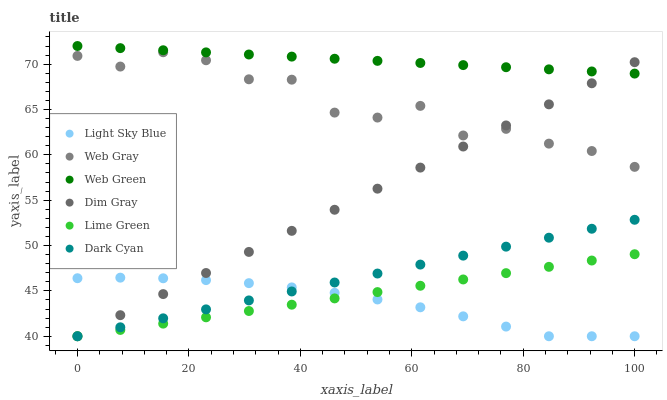
| xaxis_label | Light Sky Blue | Web Gray | Web Green | Dim Gray | Lime Green | Dark Cyan |
 | --- | --- | --- | --- | --- | --- | --- |
 | 0 | 46.4 | 70.9 | 72 | 40 | 40 | 40 |
 | 7.69 | 46.5 | 69.7 | 71.8 | 42.3 | 40.7 | 41 |
 | 15.4 | 46.4 | 71.3 | 71.5 | 44.6 | 41.4 | 42 |
 | 23.1 | 46.2 | 70.4 | 71.3 | 47 | 42.1 | 43 |
 | 30.8 | 45.9 | 68.3 | 71.1 | 49.3 | 42.8 | 44 |
 | 38.5 | 45.4 | 68.3 | 70.8 | 51.6 | 43.5 | 44.9 |
 | 46.2 | 44.8 | 64.7 | 70.6 | 53.9 | 44.2 | 45.9 |
 | 53.8 | 44.1 | 64.1 | 70.4 | 56.3 | 44.9 | 46.9 |
 | 61.5 | 43.2 | 65.4 | 70.1 | 58.6 | 45.6 | 47.9 |
 | 69.2 | 42.2 | 62.1 | 69.9 | 60.9 | 46.3 | 48.9 |
 | 76.9 | 41.1 | 62.9 | 69.7 | 63.2 | 47 | 49.9 |
 | 84.6 | 40 | 61.2 | 69.4 | 65.6 | 47.7 | 50.9 |
 | 92.3 | 40 | 60.4 | 69.2 | 67.9 | 48.3 | 51.9 |
 | 100 | 40 | 58.7 | 69 | 70.2 | 49 | 52.8 |